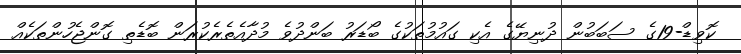
ކޮވިޑް-19ގެ ސަބަބުން ދުނިޔޭގެ އެކި ގައުމުތަކުގެ ބޯޑަރު ބަންދުވެ މުދާއެތެރެކުރަން ބޮޑެތި ގޮންޖެހުންތަކެއް